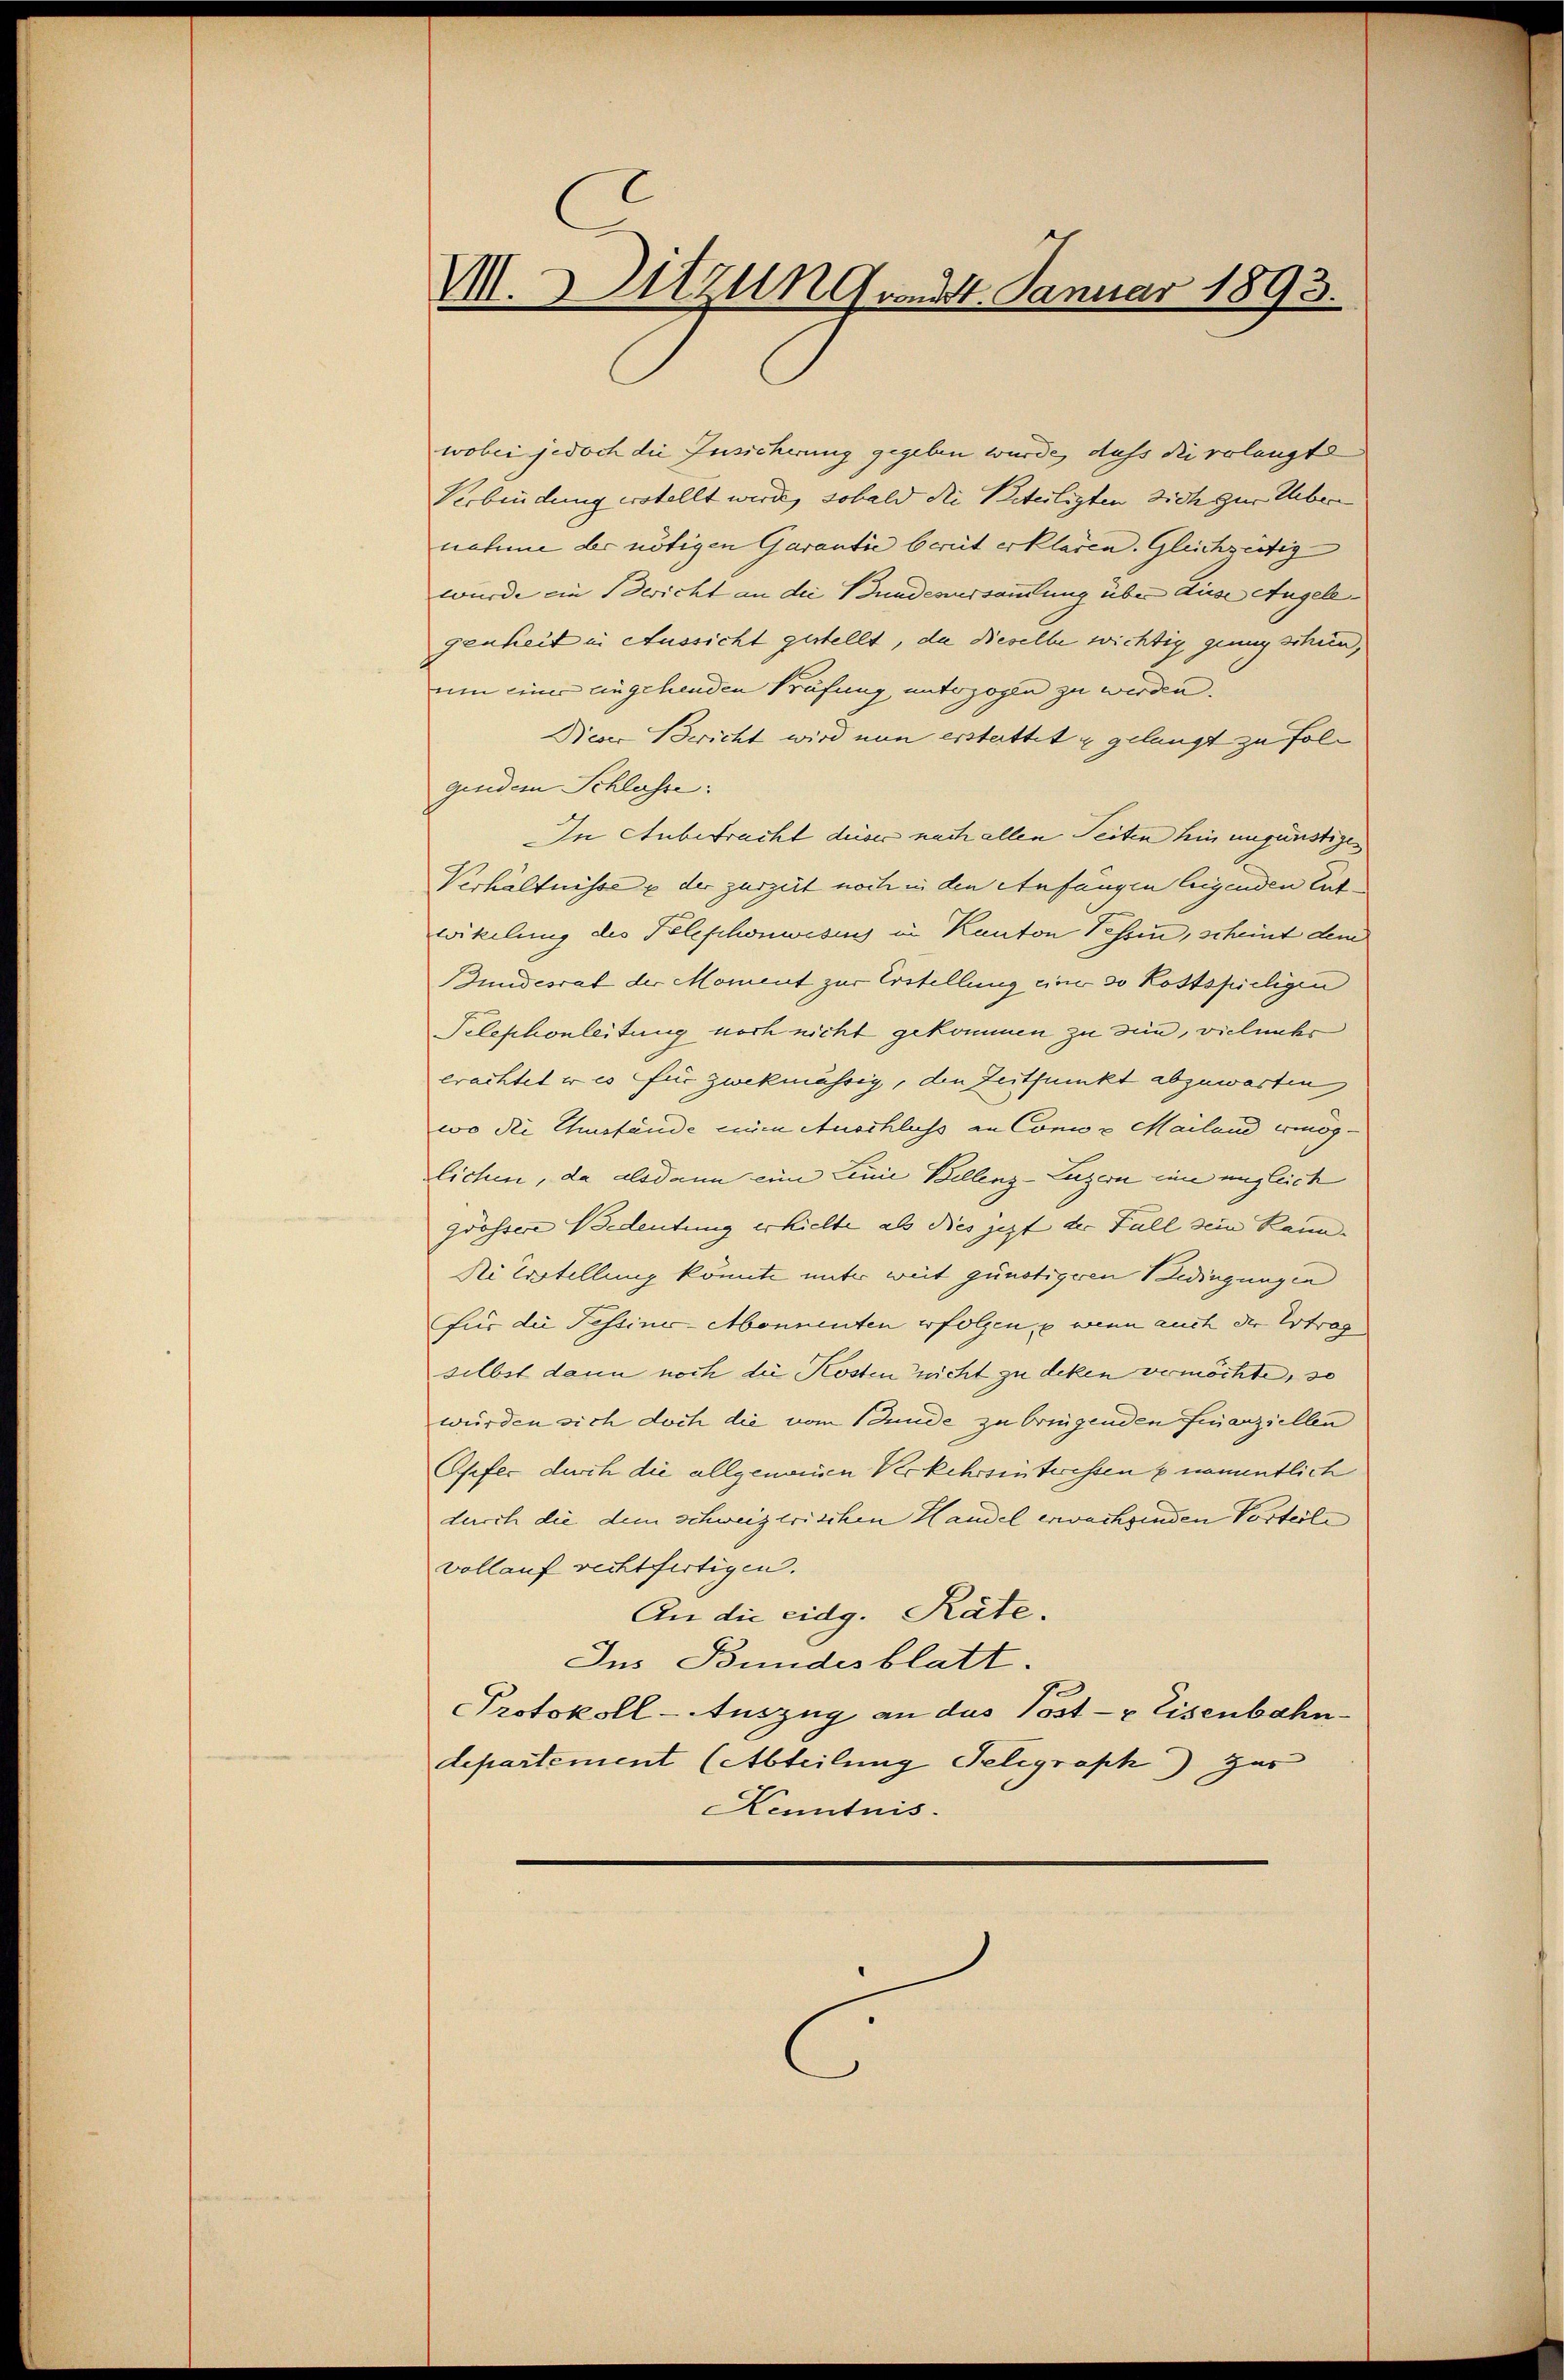
e
M.Sitzung am 24. Januar 1893.

wobei jedoch die Insicherung gegeben wurde, dass die volangte
Verbindung erstellt werde, sobald die Beteiligten dich zur Uebernahme der nötigen Garantie bereit erklären. Gleichzeitig
wurde ein Bericht an die Bundenussonung über diese Angele- |
genheit in Aussicht gestellt, da dieselbe wichtig genug schun,
um einer eingehenden Prüfung unterzogen zu werden.
Nieder Bericht wird nun erstattet u gelangt zu folgendem Schlasse:
In Anbetracht dieser nach allen Seiten hin ungünstige
Verhältnisse & der zurzeit noch in den Anfängen liegenden Ent-
wikelung des Telephonwesens in Kanton Tessin, scheint den
Bundesrat der Moment zur Erstellung einer so kostspieligen
Telephonleitung noch nicht gekommen zu sein, vielmehr
erachtet er es für zwekmässig, den Zeitpunkt abzuwarten
wo die Chustände nun Auschluss an Conco u. Mailand ermöglichen, da alsdann eine Linie Bellenz-Luzern eine ungleich
grössere Bedeutung erhielte als dies jezt der Fall sein kann. |
Ni Erstellung könnte unter weit günstigeren Bedingungen
für die Fessine-Monnenten erfolgen, wenn auch der Ertrag
selbst dann noch die Kosten nicht zu deken vermöchte, so
würden sich doch die vom Bunde zu bringenden Finanziellen
Osefer durch die allgenommen Verkehrsinteressen & namentlich
durch die dem schweizerischen Handel erwachsenden Vorteile
vollauf rechtfertigen.
An die eidg. Räte.
Ins Bundesblatt.
Protokoll-Auszug an das Post- & Eisenbahn
departement (Abteilung Seligraph) zur
Kenntnis.